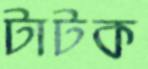
টাটক